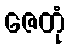
ဇေတုံ